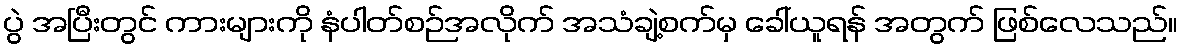
ပွဲ အပြီးတွင် ကားများကို နံပါတ်စဉ်အလိုက် အသံချဲ့စက်မှ ခေါ်ယူရန် အတွက် ဖြစ်လေသည်။